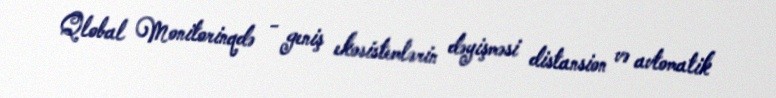
Qlobal Monitorinqdə - geniş ekosistemlərin dəyişməsi distansion və avtomatik